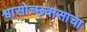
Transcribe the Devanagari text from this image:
श्वासोच्छ्वासाचा